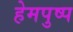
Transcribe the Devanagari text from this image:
हेमपुष्प